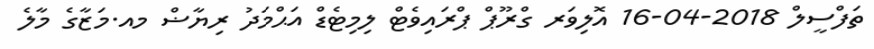
ތަފްސީލް 2018-04-16 އޮލިވަރ ގްރޫޕް ޕްރައިވެޓް ލިމިޓެޑް އަޙްމަދު ރިޔާޟް މއ.މަޒާގެ މާލެ